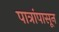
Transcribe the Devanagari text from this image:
पात्रांपासून